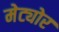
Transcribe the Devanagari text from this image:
मेट्योर